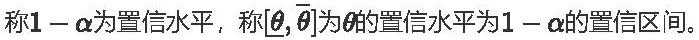
称$1 - \alpha$为置信水平，称$[\underline{\theta}, \overline{\theta}]$为$\theta$的置信水平为$1 - \alpha$的置信区间。